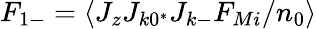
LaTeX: F_{1-}=\left\langle J_{z}J_{k0^{*}}J_{k-}F_{Mi}/n_{0}\right\rangle